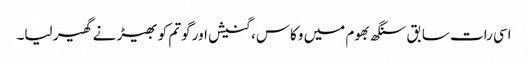
اسی رات سابق سنگھ بھوم میں وکاس، گنیش اور گوتم کو بھیڑ نے گھیر لیا۔